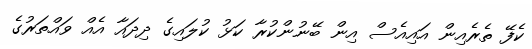
ކެފޭ ތެރެއިން އައިއެސް އިން ބޭނުންކުރާ ކަޅު ކުލައިގެ ދިދައާ އެއް ވައްތަރުގެ